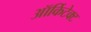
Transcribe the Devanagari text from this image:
ऑर्किटेक्ट